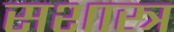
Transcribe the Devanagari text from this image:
सशास्त्र